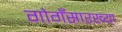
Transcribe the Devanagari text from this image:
गोगँसारख्या